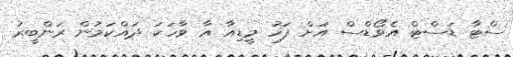
ސްޓާ ޑަސްޓް އެވޯޑްސް އަށް ފަހު މީޑިއާ އާ ވާހަކަ ދައްކަމުން ރަންބީރު